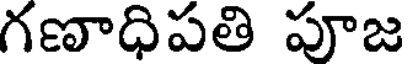
గణాధిపతి పూజ